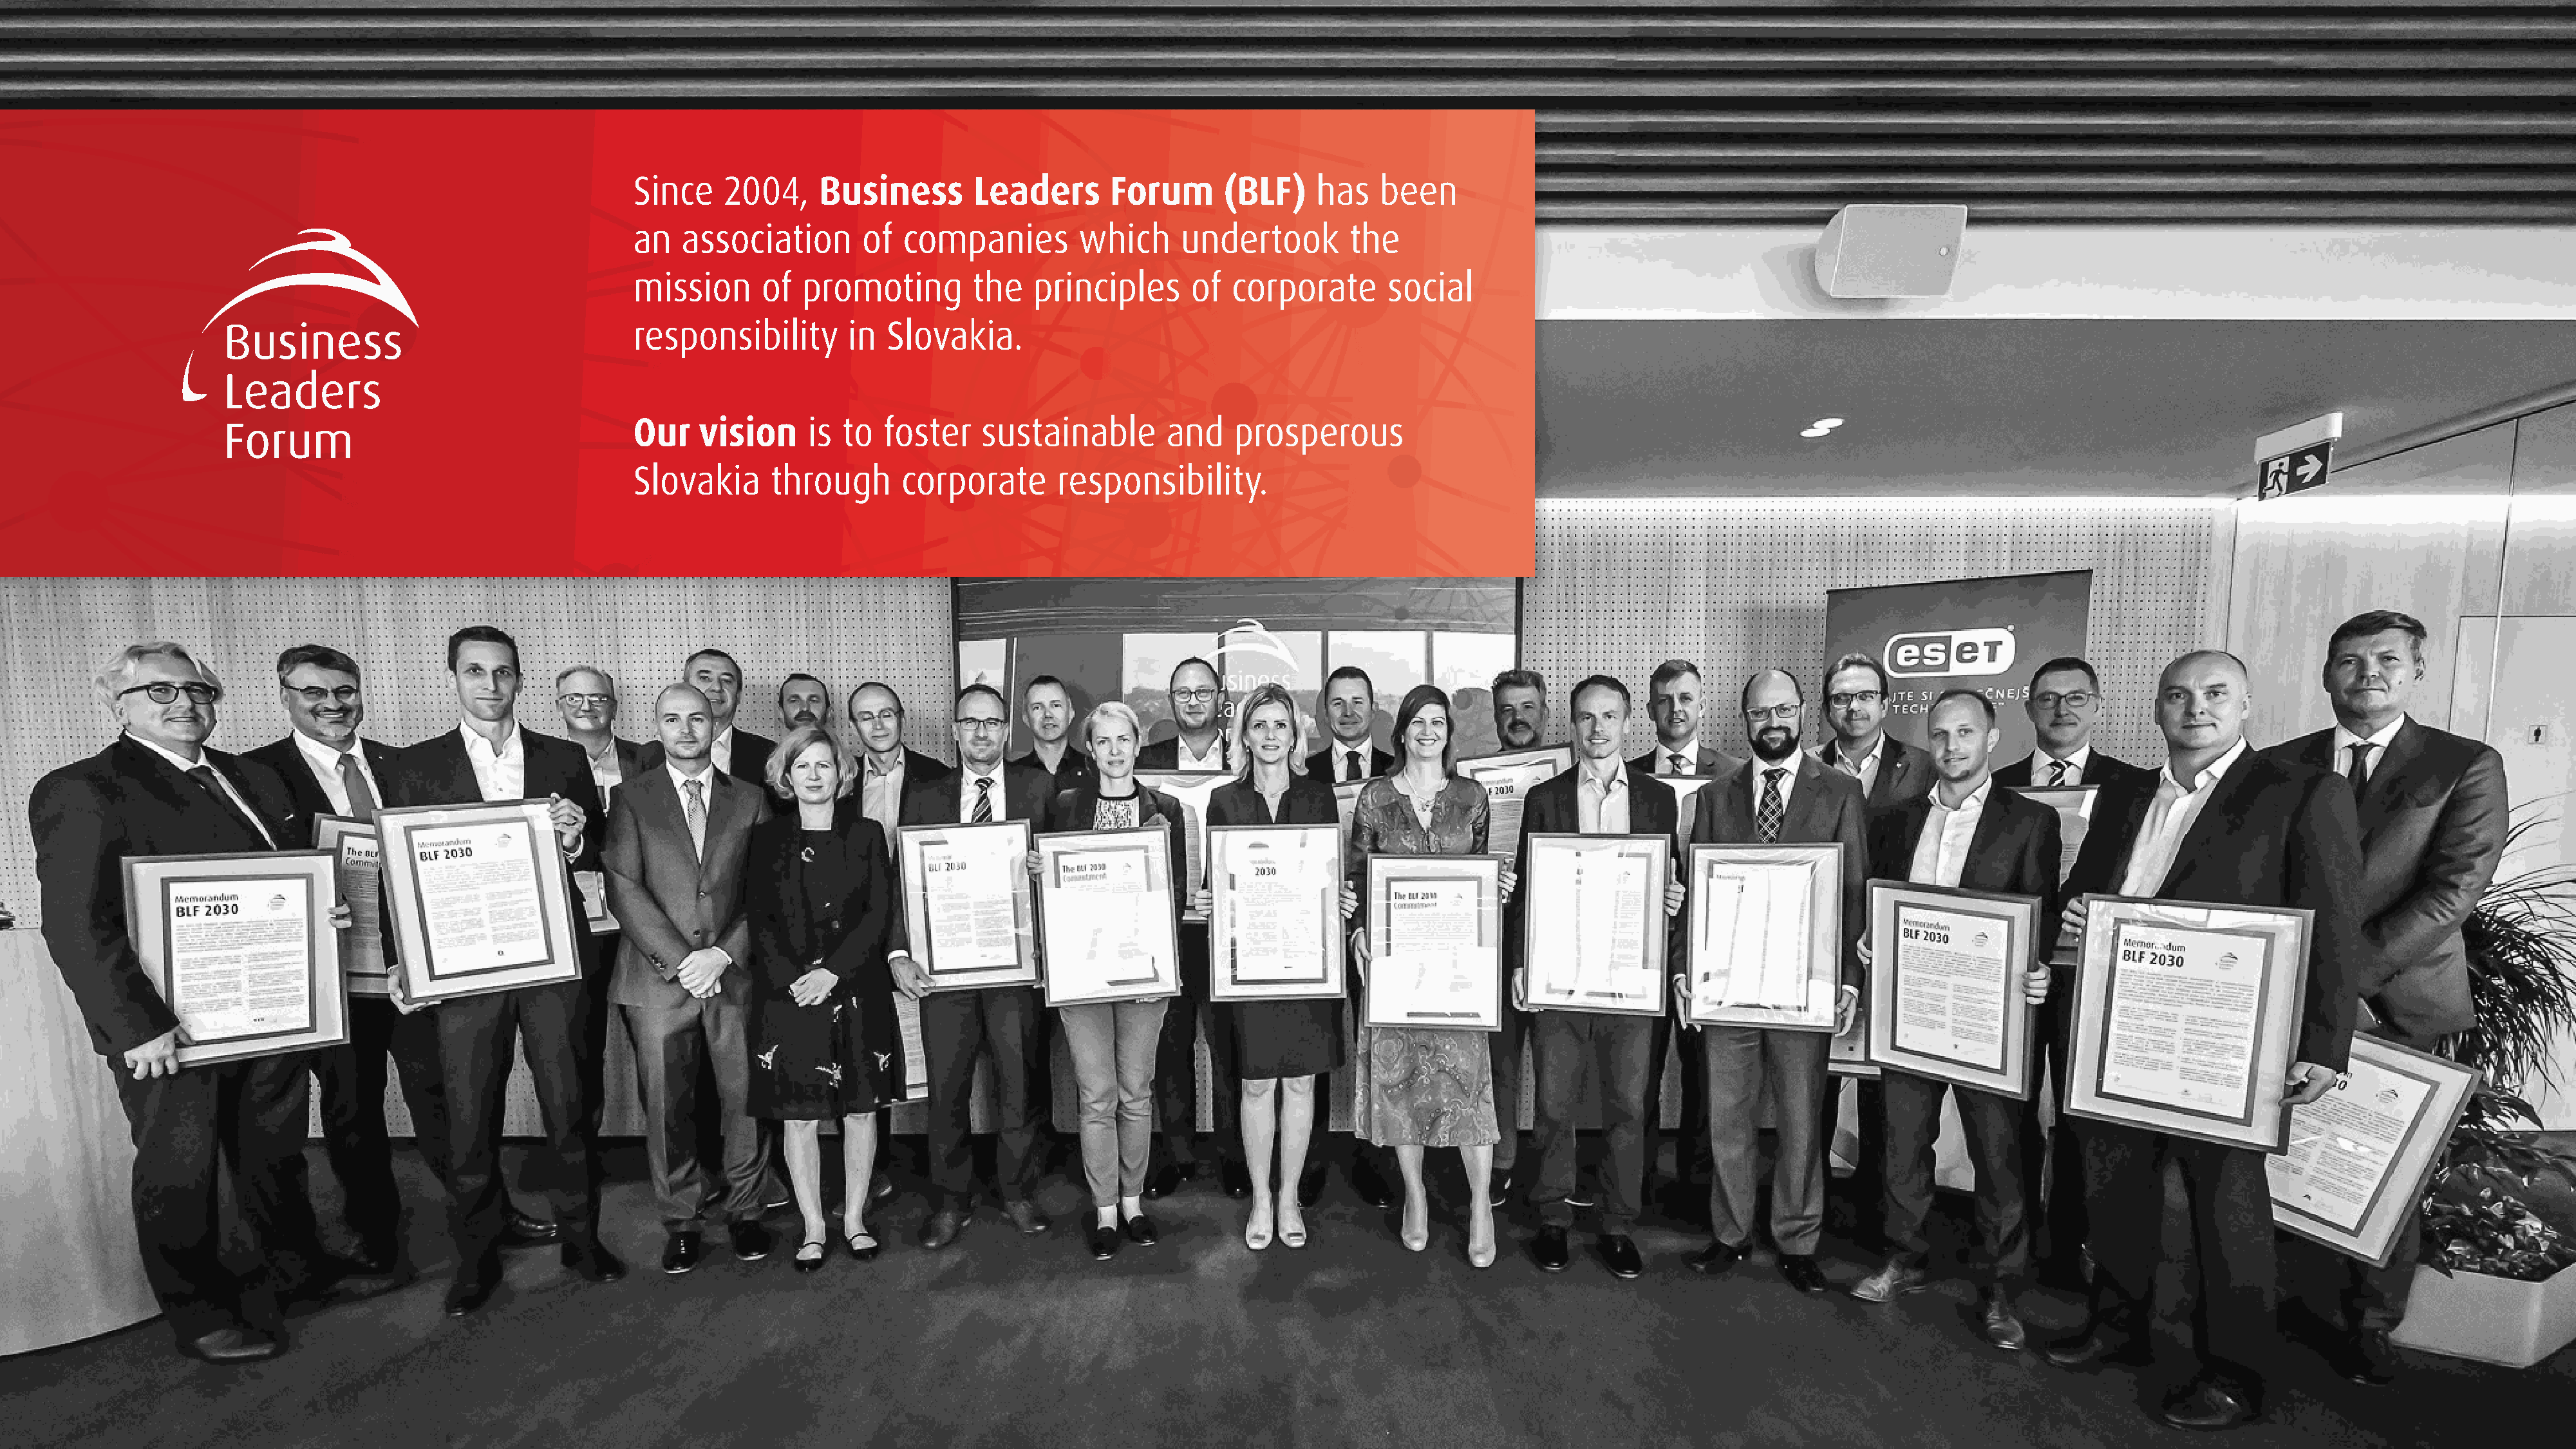
Since    2004,     Business        Leaders       Forum       (BLF)    has    been
 an   association        of  companies         which     undertook         the
 mission      of  promoting         the   principles      of   corporate       social
 responsibility        in  Slovakia.
 Our    vision     is  to  foster    sustainable        and    prosperous
 Slovakia      through       corporate       responsibility.